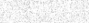
١٨